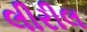
લીરીલ